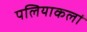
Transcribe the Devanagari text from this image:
पलियाकलां